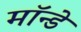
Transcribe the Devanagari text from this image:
मॉन्डे